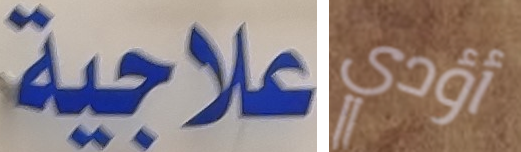
علاجية أؤدي